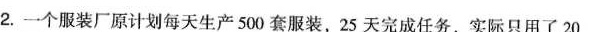
2.一个服装厂原计划每天生产500套服装，25天完成任务，实际只用了20